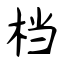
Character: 档